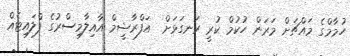
ހުމާމްގެ މައްޗަށް މަރަން ހުކުމް ކުރީ ރަނގަޅަށް  އަފްރާޝީމް އާއިލާމިސްރުގެ ފްލައިޓެއް